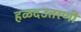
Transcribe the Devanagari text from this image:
हळदउतरणी